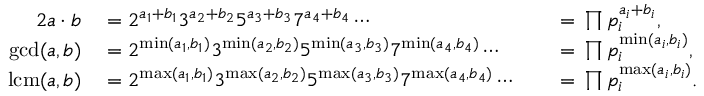
\begin{array} { r l r l } { { 2 } a \cdot b } & { { } { } = { } 2 ^ { a _ { 1 } + b _ { 1 } } 3 ^ { a _ { 2 } + b _ { 2 } } 5 ^ { a _ { 3 } + b _ { 3 } } 7 ^ { a _ { 4 } + b _ { 4 } } \cdots } & { } & { { } { } = { } \prod p _ { i } ^ { a _ { i } + b _ { i } } , } \\ { \operatorname* { g c d } ( a , b ) } & { { } { } = { } 2 ^ { \operatorname* { m i n } ( a _ { 1 } , b _ { 1 } ) } 3 ^ { \operatorname* { m i n } ( a _ { 2 } , b _ { 2 } ) } 5 ^ { \operatorname* { m i n } ( a _ { 3 } , b _ { 3 } ) } 7 ^ { \operatorname* { m i n } ( a _ { 4 } , b _ { 4 } ) } \cdots } & { } & { { } { } = { } \prod p _ { i } ^ { \operatorname* { m i n } ( a _ { i } , b _ { i } ) } , } \\ { \operatorname { l c m } ( a , b ) } & { { } { } = { } 2 ^ { \operatorname* { m a x } ( a _ { 1 } , b _ { 1 } ) } 3 ^ { \operatorname* { m a x } ( a _ { 2 } , b _ { 2 } ) } 5 ^ { \operatorname* { m a x } ( a _ { 3 } , b _ { 3 } ) } 7 ^ { \operatorname* { m a x } ( a _ { 4 } , b _ { 4 } ) } \cdots } & { } & { { } { } = { } \prod p _ { i } ^ { \operatorname* { m a x } ( a _ { i } , b _ { i } ) } . } \end{array}